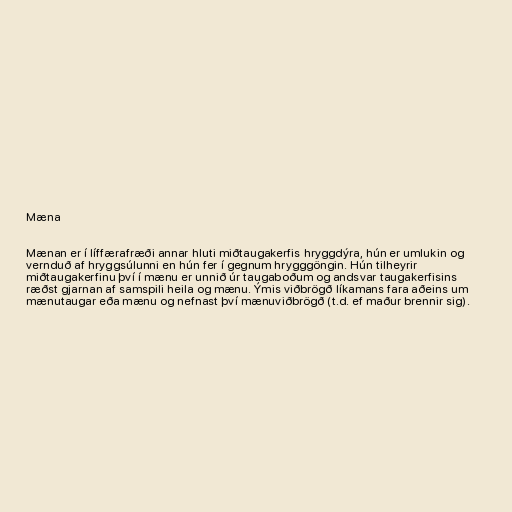
Mæna

Mænan er í líffærafræði annar hluti miðtaugakerfis hryggdýra, hún er umlukin og
vernduð af hryggsúlunni en hún fer í gegnum hrygggöngin. Hún tilheyrir
miðtaugakerfinu því í mænu er unnið úr taugaboðum og andsvar taugakerfisins
ræðst gjarnan af samspili heila og mænu. Ýmis viðbrögð líkamans fara aðeins um
mænutaugar eða mænu og nefnast því mænuviðbrögð (t.d. ef maður brennir sig).